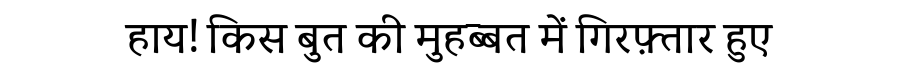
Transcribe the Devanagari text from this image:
हाय! किस बुत की मुहब्बत में गिरफ़्तार हुए